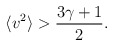
\begin{align*}\langle v^2 \rangle > \frac{3\gamma+1}{2}.\end{align*}